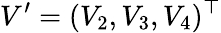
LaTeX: V^{\prime}=(V_{2},V_{3},V_{4})^{\top}